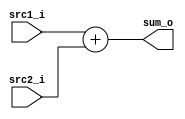

module Adder(
    src1_i,
    src2_i,
    sum_o
    );

//I/O ports
input  [32-1:0]  src1_i;
input  [32-1:0]	 src2_i;
output [32-1:0]	 sum_o;

//Internal Signals
wire   [32-1:0]	 sum_o;

assign sum_o = src1_i + src2_i;

endmodule